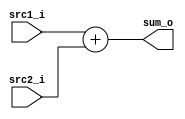

module Adder(
    src1_i,
    src2_i,
    sum_o
    );

//I/O ports
input  [32-1:0]  src1_i;
input  [32-1:0]	 src2_i;
output [32-1:0]	 sum_o;

//Internal Signals
wire   [32-1:0]	 sum_o;

assign sum_o = src1_i + src2_i;

endmodule